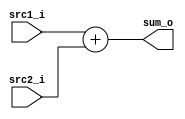

module Adder(
    src1_i,
    src2_i,
    sum_o
    );

//I/O ports
input  [32-1:0]  src1_i;
input  [32-1:0]	 src2_i;
output [32-1:0]	 sum_o;

//Internal Signals
wire   [32-1:0]	 sum_o;

assign sum_o = src1_i + src2_i;

endmodule